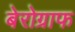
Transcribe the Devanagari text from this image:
बेरोग्राफ